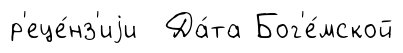
р'еце́нз'иjи Да́та Бог'е́мской